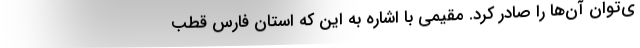
ی‌توان آن‌ها را صادر کرد. مقیمی با اشاره به این که استان فارس قطب